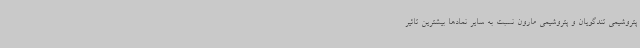
پتروشیمی تندگویان و پتروشیمی مارون نسبت به سایر نمادها بیشترین تاثیر